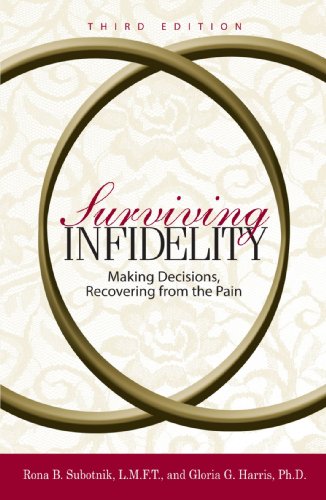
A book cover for Surviving Infidelity: Making Decisions, Recovering from the Pain, 3rd Edition; Rona B. Subotnik; Politics & Social Sciences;